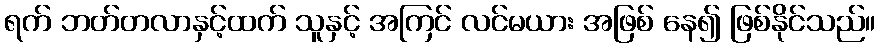
ရက် ဘတ်တလာနှင့်ထက် သူနှင့် အကြင် လင်မယား အဖြစ် နေ၍ ဖြစ်နိုင်သည်။